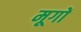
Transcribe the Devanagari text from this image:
मूगों